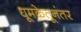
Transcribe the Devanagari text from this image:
धूमकेतूनंतर